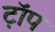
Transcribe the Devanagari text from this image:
ट़ॉप